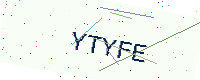
Text: YTYFE